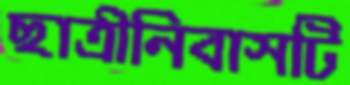
ছাত্রীনিবাসটি